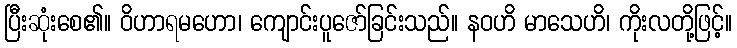
ပြီးဆုံးစေ၏။ ဝိဟာရမဟော၊ ကျောင်းပူဇော်ခြင်းသည်။ နဝဟိ မာသေဟိ၊ ကိုးလတို့ဖြင့်။